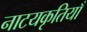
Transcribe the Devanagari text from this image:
नाटयकृतियाँ